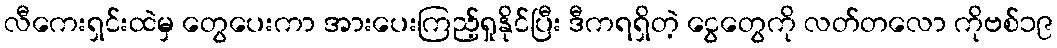
လီကေးရှင်းထဲမှ တွေပေးကာ အားပေးကြည့်ရှုနိုင်ပြီး ဒီကရရှိတဲ့ ငွေတွေကို လတ်တလော ကိုဗစ်၁၉